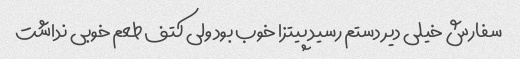
سفارش خیلی دیر دستم رسید پیتزا خوب بود ولی کتف طعم خوبی نداشت